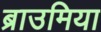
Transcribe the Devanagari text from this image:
ब्राउमिया